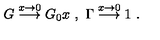
G \stackrel { x \rightarrow 0 } { \longrightarrow } G _ { 0 } x \ , \ \Gamma \stackrel { x \rightarrow 0 } { \longrightarrow } 1 \ .